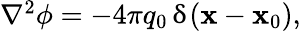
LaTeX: \begin{array}{r}{\nabla^{2}\phi=-4\pi q_{0}\, \updelta(\mathbf{x}-\mathbf{x}_{0}),}\end{array}